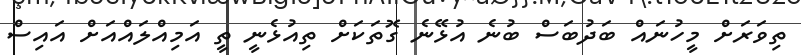
ތިވަރަށް މީހުނައް ބަދުބަސް ބުނެ އުޅޭނެ ގޮތަކަށް ތިއުޅެނީ ތީ އަމިއްލައްއަށް އައިސް